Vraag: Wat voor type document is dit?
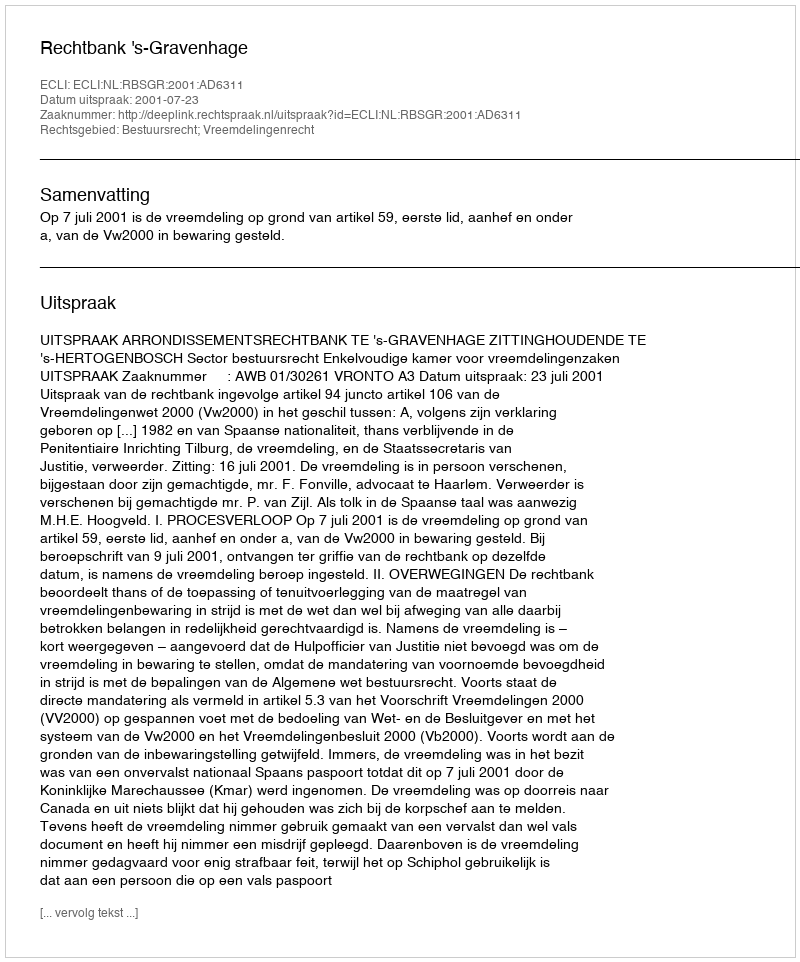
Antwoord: Uitspraak